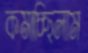
কমাচ্ছিলাম